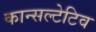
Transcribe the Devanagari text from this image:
कान्सल्टेटिव